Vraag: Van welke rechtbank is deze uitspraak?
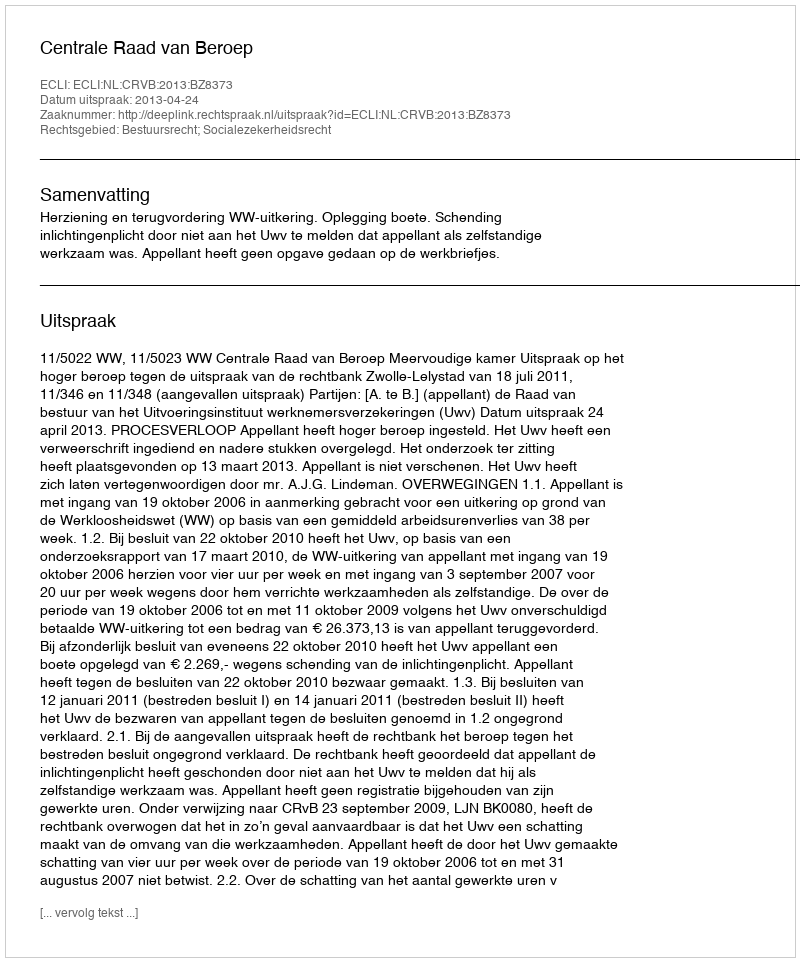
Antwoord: Centrale Raad van Beroep